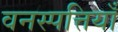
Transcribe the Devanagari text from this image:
वनस्पत्तियाँ